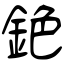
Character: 銫